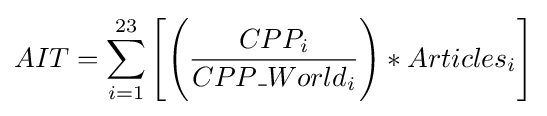
AIT=\sum _{i=1}^{23}{\Bigg [}{\Bigg (}{\frac {CPP_{i}}{CPP\_{World_{i}}}}{\Bigg )}*Articles_{i}{\Bigg ]}